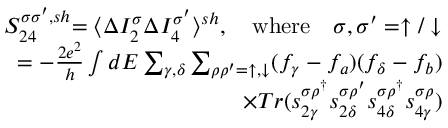
\begin{array} { r } { { S _ { 2 4 } ^ { \sigma \sigma ^ { \prime } , s h } } { = \langle \Delta I _ { 2 } ^ { \sigma } \Delta I _ { 4 } ^ { \sigma ^ { \prime } } \rangle ^ { s h } } , \quad \mathrm { { w h e r e } } \quad { \sigma , \sigma ^ { \prime } = \uparrow / \downarrow } } \\ { { = - \frac { 2 e ^ { 2 } } { h } \int d E \sum _ { \gamma , \delta } \sum _ { \rho \rho ^ { \prime } = \uparrow , \downarrow } ( f _ { \gamma } - f _ { a } ) ( f _ { \delta } - f _ { b } ) } } \\ { { \times T r ( s _ { 2 \gamma } ^ { \sigma \rho ^ { \dagger } } s _ { 2 \delta } ^ { \sigma \rho ^ { \prime } } s _ { 4 \delta } ^ { \sigma \rho ^ { \dagger } } s _ { 4 \gamma } ^ { \sigma \rho } ) } } \end{array}